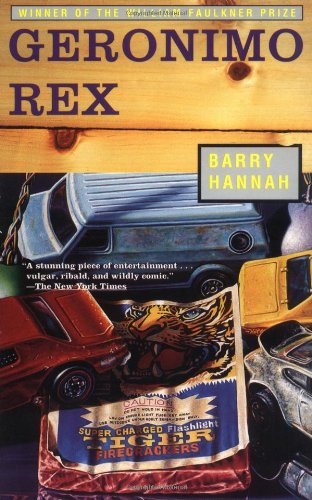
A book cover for Geronimo Rex; Barry Hannah; Literature & Fiction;